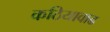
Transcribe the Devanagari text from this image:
कठियावाढ